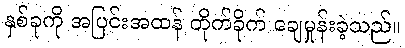
နှစ်ခုကို အပြင်းအထန် တိုက်ခိုက် ချေမှုန်းခဲ့သည်။